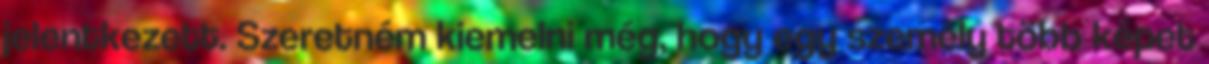
jelentkezett. Szeretném kiemelni még, hogy egy személy több képet